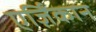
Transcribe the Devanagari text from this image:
एर्ज़िंकान